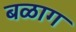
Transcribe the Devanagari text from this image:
बळाग